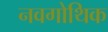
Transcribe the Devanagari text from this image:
नवगोथिक